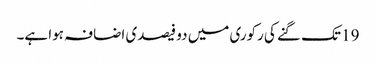
19 تک گنے کی رکوری میں دو فیصدی اضافہ ہوا ہے۔